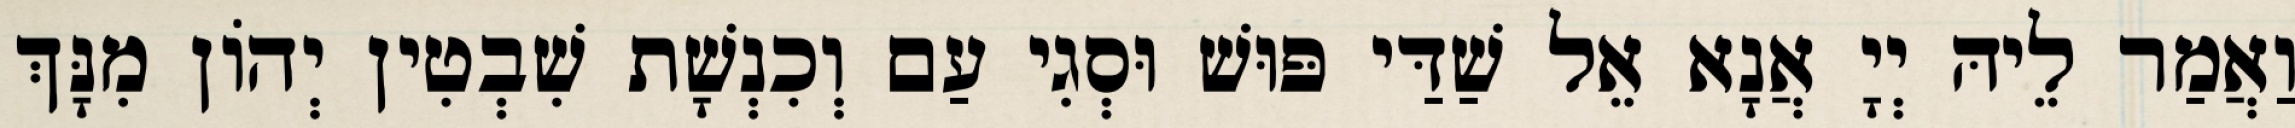
וַאֲמַר לֵיהּ יְיָ אֲנָא אֵל שַׁדַּי פּוּשׁ וּסְגִי עַם וְכִנְשָׁת שִׁבְטִין יְהוֹן מִנָּךְ